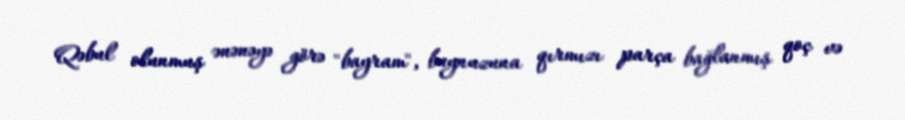
Qəbul olunmuş ənənəyə görə "bayram", buynuzuna qırmızı parça bağlanmış qoç və